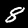
Label: 8